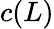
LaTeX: c(L)